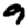
Digit: 9